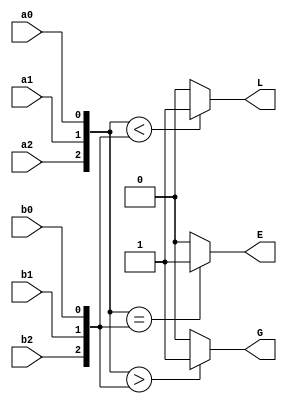
module comparatorV2 (a0,a1,a2,b0,b1,b2,G,E,L);
input a0,a1,a2,b0,b1,b2;
output G,E,L;
reg G,E,L;
always@(a0 or a1 or a2 or b0 or b1 or a2)
 begin
 if ({a2,a1,a0}<{b2,b1,b0})
	L<= 1;
else 
	L<= 0;

 if ({a2,a1,a0}>{b2,b1,b0})
	G<= 1;
else
	G<= 0;

 if ({a2,a1,a0} == {b2,b1,b0})
	E<=1;
else 
	E<=0;
 end
endmodule